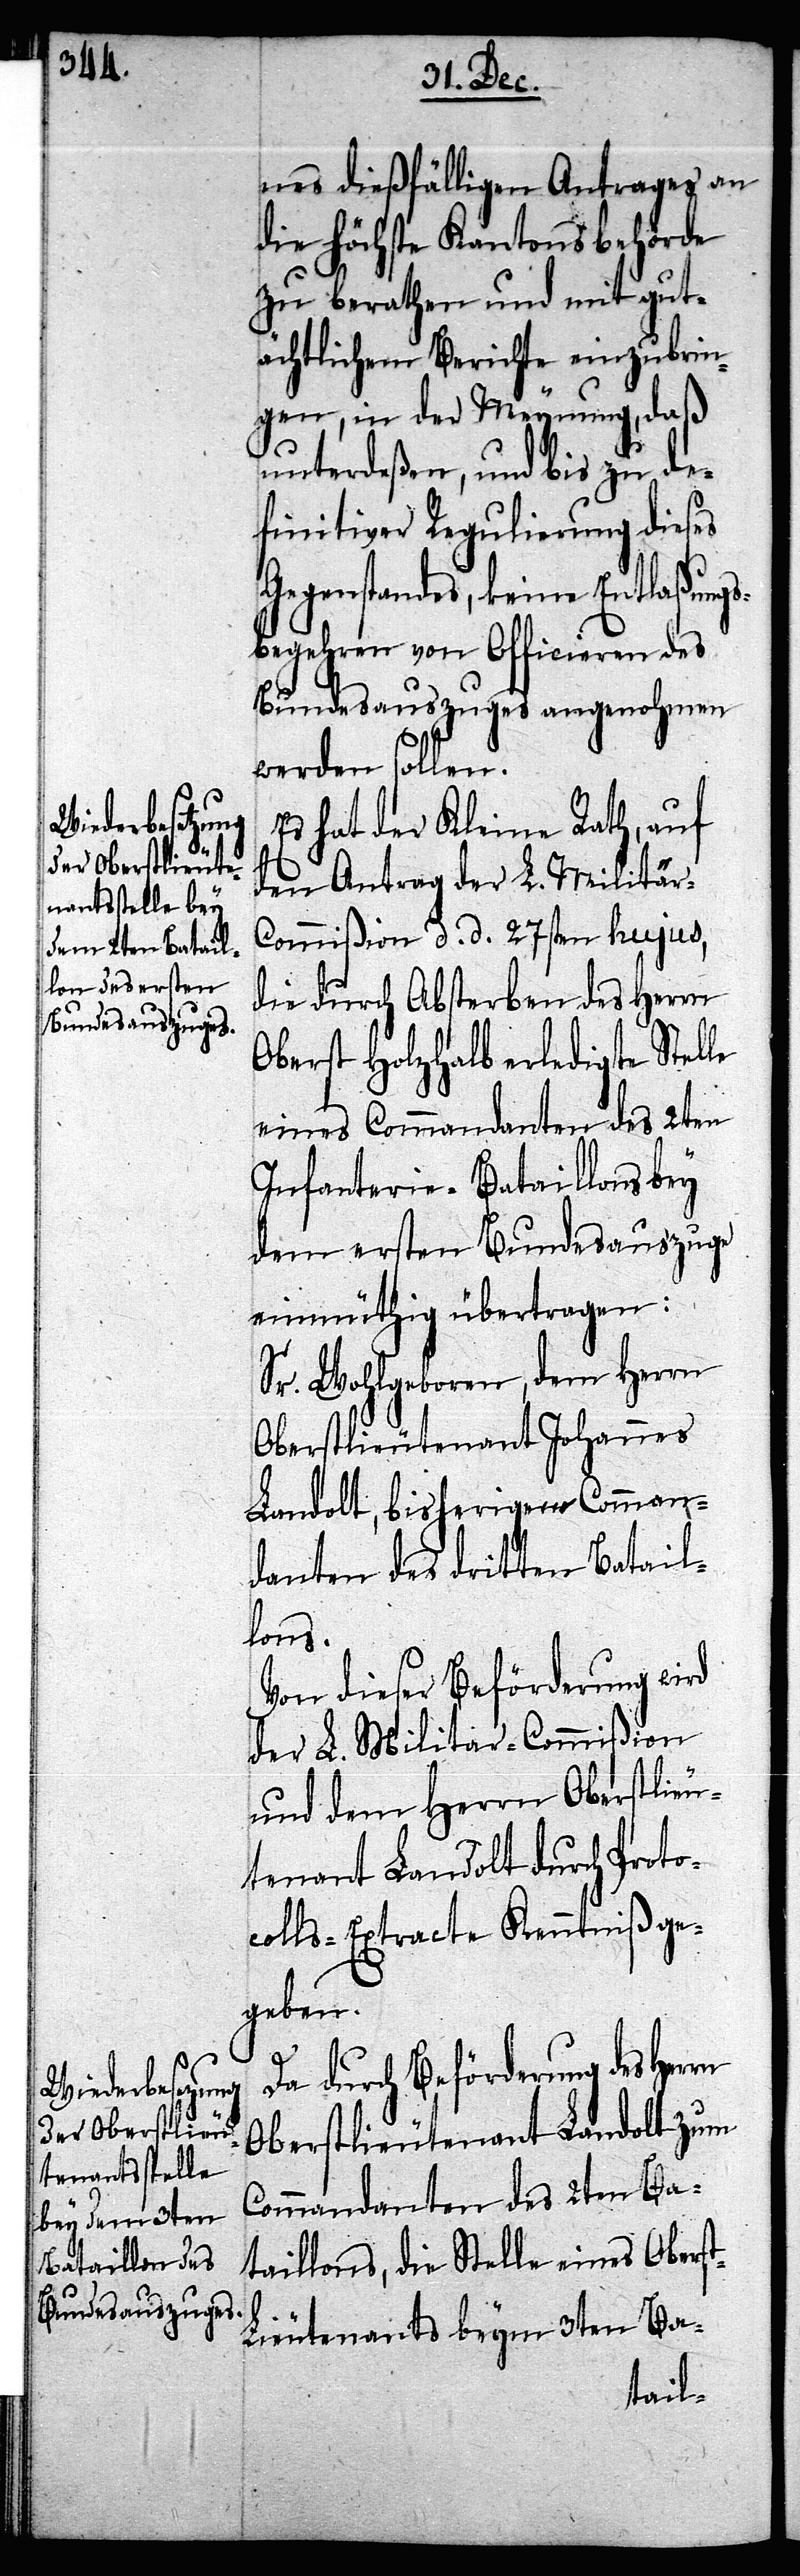
nes dießfälligen Antrages an
die Höchste Kantonsbehörde
zu berathen und mit gut¬
ächtlichem Berichte einzubrin¬
gen, in der Meynung, daß
unterdeßen, und bis zu de¬
finitiver Regulierung dieses
Gegenstandes, keine Entlaßungs¬
begehren von Officieren des
Bundesauszuges angenohmen
werden sollen.
Es hat der Kleine Rath, auf
den Antrag der L. Militär-C¬
ommißion d. d. 27sten hujus,
die durch Absterben des Herrn
Oberst Holzhalb erledigte Stelle
eines Commandanten des 2ten
Infanterie-Bataillons bey
dem ersten Bundesauszuge
einmüthig übertragen:
Sr. Wohlgeboren, dem Herrn
Oberstlieutenant Johannes
Landolt, bisherigen Comman¬
danten des dritten Batail¬
lons.
Von dieser Beförderung wird
der L. Militar-Commißion
und dem Herrn Oberstlieu¬
tenant Landolt durch Proto¬
colls-Extracte Kenntniß ge¬
geben.
Da durch Beförderung des
Oberstlieutenant Landolt zum
Commandanten des 2ten Ba¬
taillons, die Stelle eines Obers¬
ieutenants beym 3ten Ba-
t-L¬